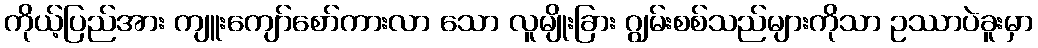
ကိုယ့်ပြည်အား ကျူးကျော်စော်ကားလာ သော လူမျိုးခြား ဂျွမ်းစစ်သည်များကိုသာ ဥဿာပဲခူးမှာ